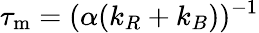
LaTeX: {\tau_{\mathrm{m}}}=(\alpha(k_{R}+k_{B}))^{-1}